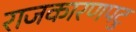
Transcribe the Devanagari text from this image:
राजकारणपटु